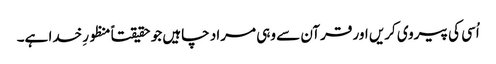
اُسی کی پیروی کریں اور قرآن سے وہی مراد چاہیں جو حقیقتاً منظورِ خدا ہے۔